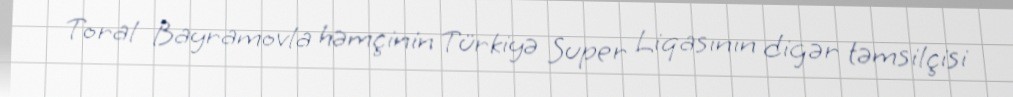
Toral Bayramovla həmçinin Türkiyə Super Liqasının digər təmsilçisi